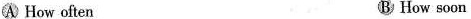
A How often B How soon